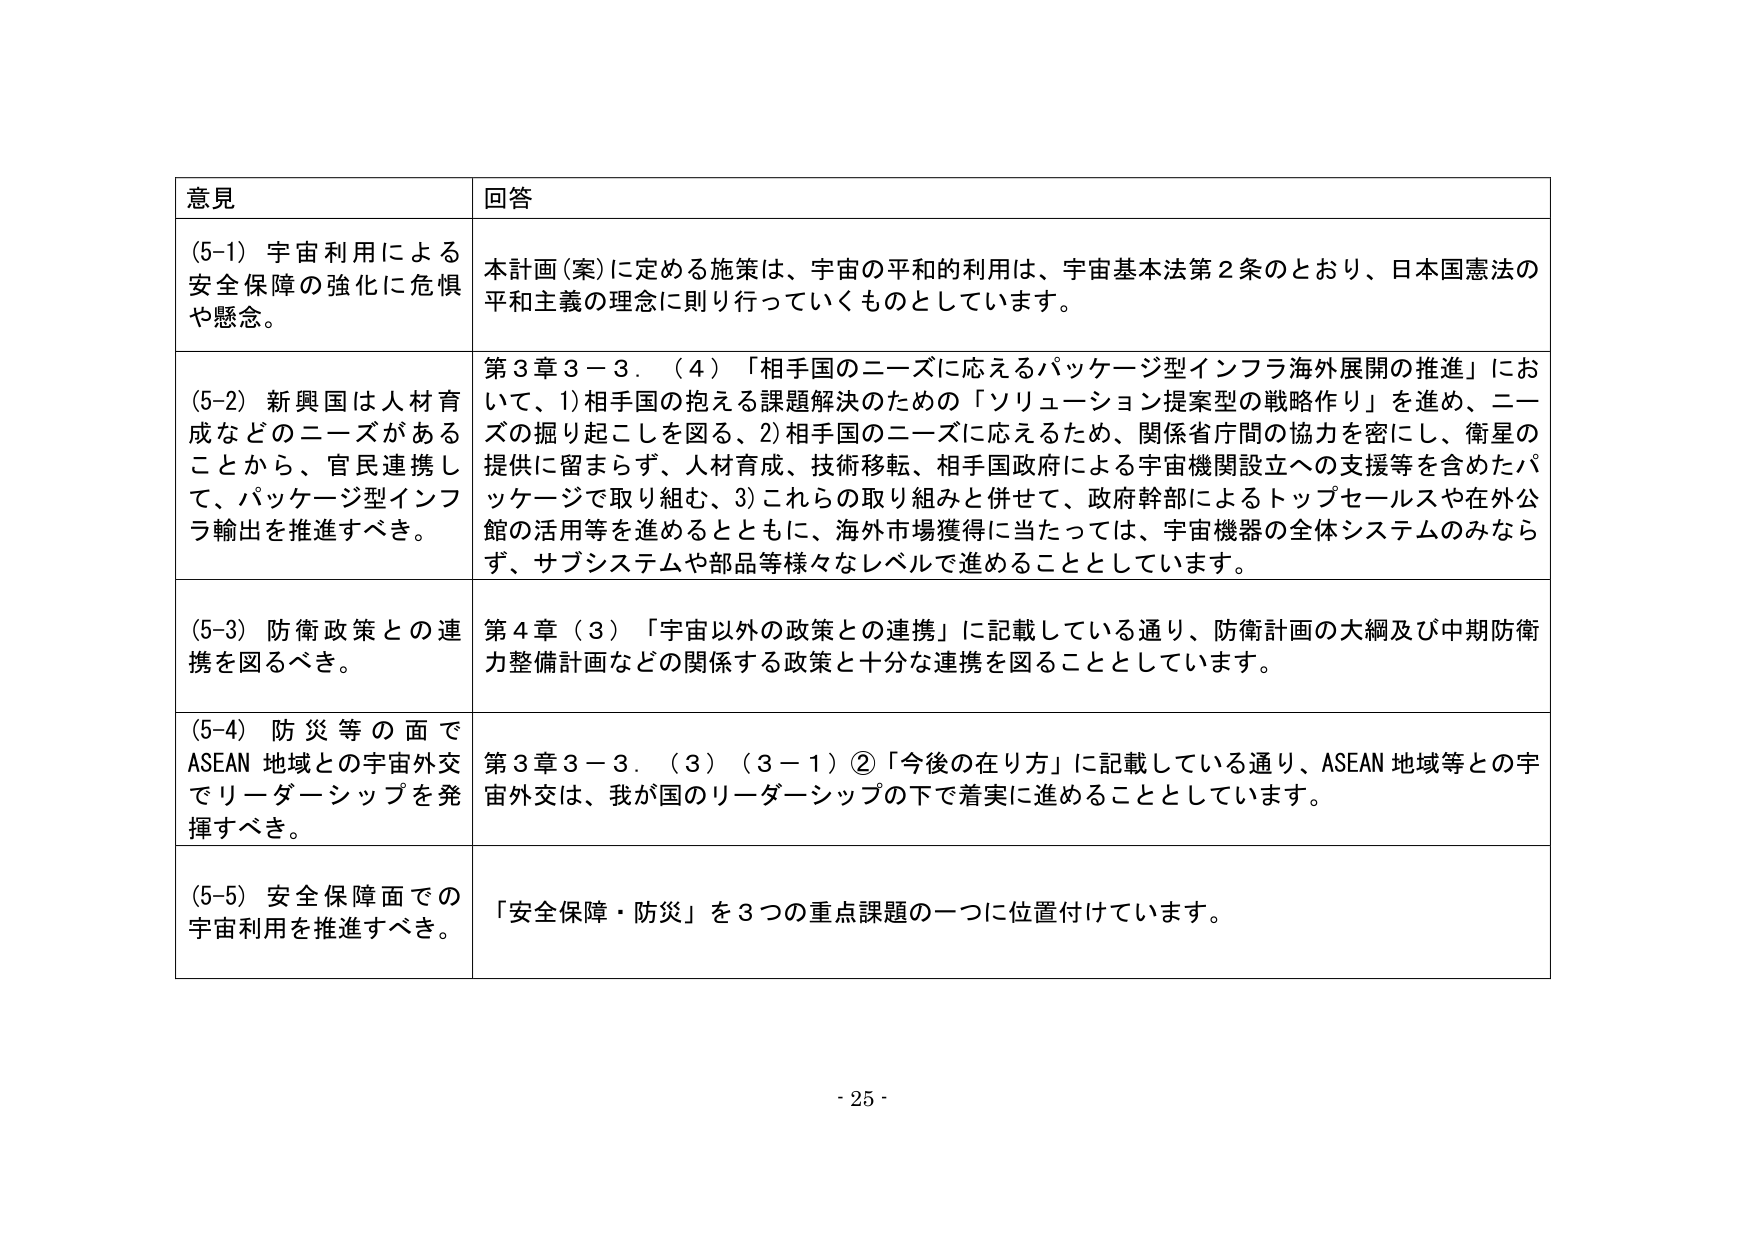
意見 回答
(5-1) 宇宙利用による安全保障の強化に危惧や懸念。 本計画（案）に定める施策は、宇宙の平和的利用は、宇宙基本法第2条のとおり、日本国憲法の平和主義の理念に則り行っていくものとしています。
(5-2) 新興国は人材育成などのニーズがあることから、官民連携して、パッケージ型インフラ輸出を推進すべき。 第3章3－3．（4）「相手国のニーズに応えるパッケージ型インフラ海外展開の推進」において、1) 相手国の抱える課題解決のための「ソリューション提案型の戦略作り」を進め、ニーズの掘り起こしを図る、2) 相手国のニーズに応えるため、関係省庁間の協力を密にし、衛星の提供に留まらず、人材育成、技術移転、相手国政府による宇宙機関設立への支援等を含めたパッケージで取り組む、3) これらの取り組みと併せて、政府幹部によるトップセールスや在外公館の活用等を進めるとともに、海外市場獲得に当たっては、宇宙機器の全体システムのみならず、サブシステムや部品等様々なレベルで進める thingとしています。
(5-3) 防衛政策との連携を図るべき。 第4章（3）「宇宙以外の政策との連携」に記載している通り、防衛計画の大綱及び中期防衛力整備計画などの関係する政策と十分な連携を図ることとしています。
(5-4) 防災等の面でASEAN地域との宇宙外交でリーダーシップを発揮すべき。 第3章3－3．（3）（3－1）②「今後の在り方」に記載している通り、ASEAN地域等との宇宙外交は、我が国のリーダーシップの下で着実に進める thingとしています。
(5-5) 安全保障面での宇宙利用を推進すべき。 「安全保障・防災」を3つの重点課題の一つに位置付けています。
- 25 -